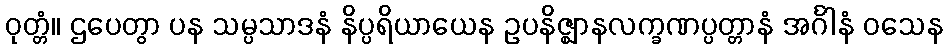
ဝုတ္တံ။ ဌပေတွာ ပန သမ္ပသာဒနံ နိပ္ပရိယာယေန ဥပနိဇ္ဈာနလက္ခဏပ္ပတ္တာနံ အင်္ဂါနံ ဝသေန